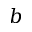
b